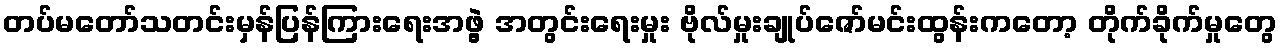
တပ်မတော်သတင်းမှန်ပြန်ကြားရေးအဖွဲ့ အတွင်းရေးမှုး ဗိုလ်မှုးချုပ်ဇော်မင်းထွန်းကတော့ တိုက်ခိုက်မှုတွေ